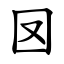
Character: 㘝